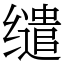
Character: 缱